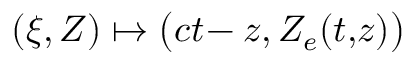
( \xi , Z ) \mapsto \big ( c t \! - z , Z _ { e } ( t , \! z ) \big )